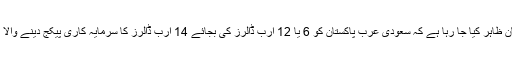
امکان ظاہر کیا جا رہا ہے کہ سعودی عرب پاکستان کو 6 یا 12 ارب ڈالرز کی بجائے 14 ارب ڈالرز کا سرمایہ کاری پیکج دینے والا ہے۔